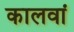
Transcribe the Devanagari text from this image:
कालवां